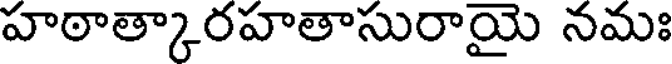
హఠాత్కారహతాసురాయై నమః